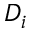
D _ { i }